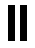
။